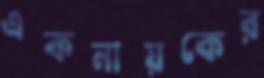
একনায়কের